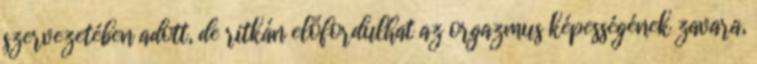
szervezetében adott, de ritkán előfordulhat az orgazmus képességének zavara,